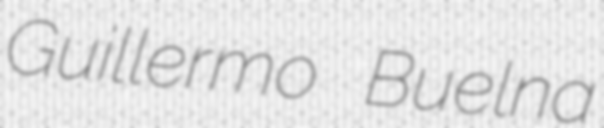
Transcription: Guillermo Buelna